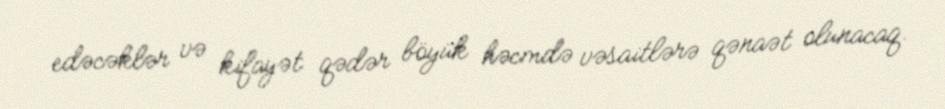
edəcəklər və kifayət qədər böyük həcmdə vəsaitlərə qənaət olunacaq.